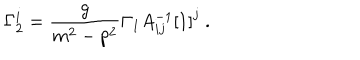
\Gamma _ { 2 } ^ { i } = \frac { g } { m ^ { 2 } - p ^ { 2 } } \Gamma _ { 1 } A _ { i j } ^ { - 1 } \left[ 1 \right] ^ { j } \ .